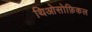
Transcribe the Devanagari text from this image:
थिओसोफ़िकल